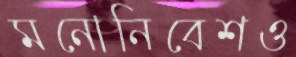
মনোনিবেশও